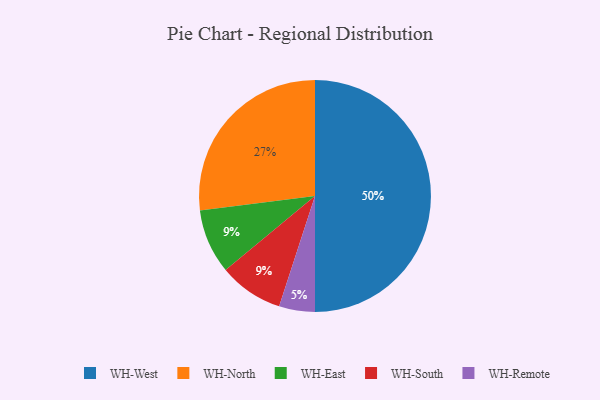
{"axis": {"x": "Category", "y": "Percentage"}, "legend": ["WH-East", "WH-North", "WH-Remote", "WH-South", "WH-West"], "data": [{"x": "WH-East", "y": 9, "type": "WH-East"}, {"x": "WH-North", "y": 27, "type": "WH-North"}, {"x": "WH-West", "y": 50, "type": "WH-West"}, {"x": "WH-South", "y": 9, "type": "WH-South"}, {"x": "WH-Remote", "y": 5, "type": "WH-Remote"}]}